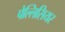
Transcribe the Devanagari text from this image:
पेल्लिसियर